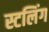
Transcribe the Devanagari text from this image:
स्टलिंग